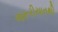
જરૂરીયાતથી